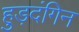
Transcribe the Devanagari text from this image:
हुड़दंगिन